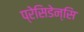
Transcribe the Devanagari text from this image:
प्रेसिडेन्सि